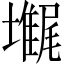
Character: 𡓋